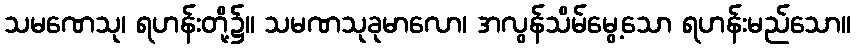
သမဏေသု၊ ရဟန်းတို့၌။ သမဏသုခုမာလော၊ အလွန်သိမ်မွေ့သော ရဟန်းမည်သော။